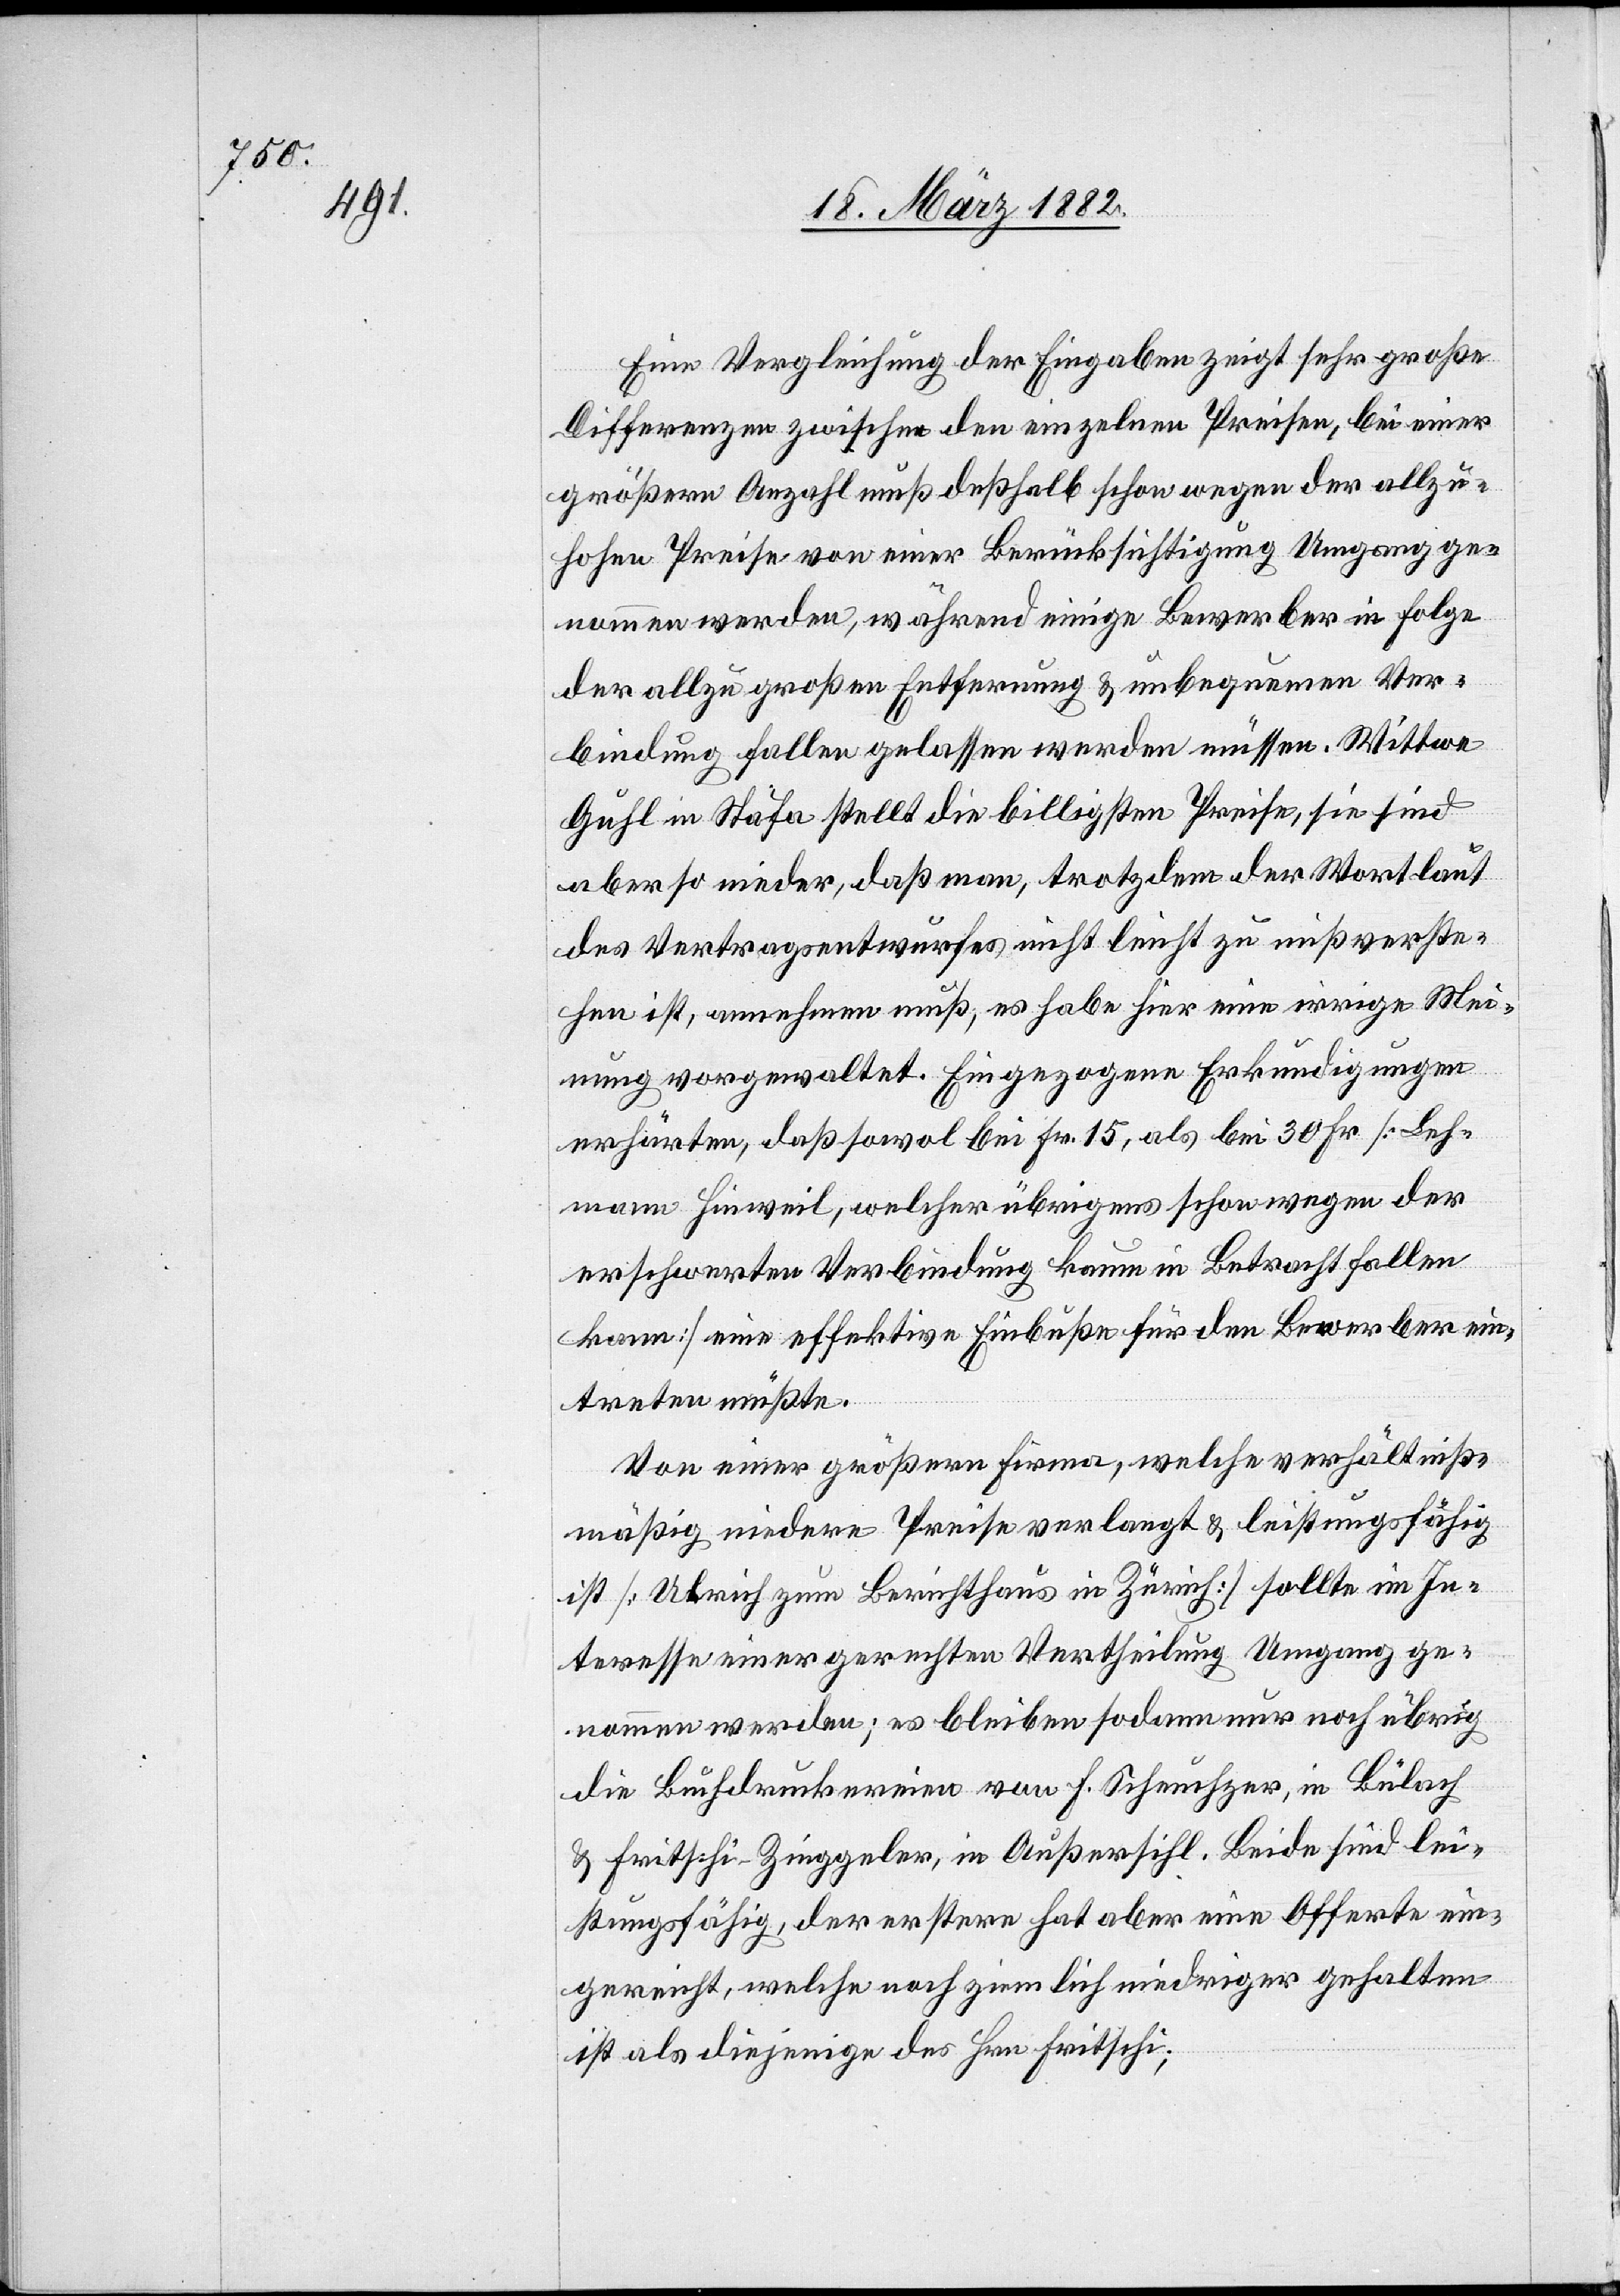
Eine Vergleichung der Eingaben zeigt sehr große
Differenzen zwischen den einzelnen Preisen, bei einer
größern Anzahl muß deßhalb schon wegen der allzu¬
hohen Preise von einer Berücksichtigung Umgang ge¬
nommen werden, während einige Bewerber in Folge
der allzu großen Entfernung & unbequemen Ver¬
bindung fallen gelassen werden müssen. Wittwe
[sic!] in Stäfa stellt die billigsten Preise, sie sind
aber so nieder, daß man, trotzdem der Wortlaut
des Vertragsentwurfes nicht leicht zu mißverste¬
hen ist, annehmen muß, es habe hier eine irrige Mei¬
nung vorgewaltet. Eingezogene Erkundigungen
erhärten, daß sowol bei Fr. 15, als bei 30 Fr. [Leh¬
mann Hinweil, welcher übrigens schon wegen der
erschwerten Verbindung kaum in Betracht fallen
kann] eine effektive Einbuße für den Bewerber ein¬
treten müßte.
Von einer größeren Firma, welche verhältnis¬
mäßig niedere Preise verlangt & leistungsfähig
ist [Ulrich zum Berichthaus in Zürich] sollte im In¬
teresse einer gerechten Vertheilung Umgang ge¬
nommen werden; es bleibe sodann nur noch übrig
die Buchdruckerei von F. Scheuchzer, in Bülach
& Fritschi-Zinggeler, in Außersihl. Beide sind lei¬
stungsfähig, der erstere hat aber eine Offerte ein¬
gereicht, welche noch ziemlich niedriger gehalten
ist als diejenige des Hrn. Fritschi;